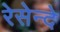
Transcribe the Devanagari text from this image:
रेसेन्दे